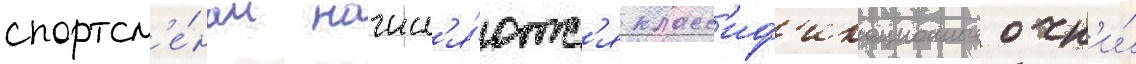
спортсм'е́нам начисл'я́ютс'я класс'иф'икационные очк'и́